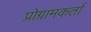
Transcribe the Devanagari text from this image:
प्रोग्रामकर्ता